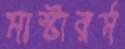
মাস্টারর্স